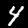
Label: 4